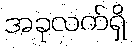
အခုလက်ရှိ